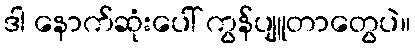
ဒါ နောက်ဆုံးပေါ် ကွန်ပျူတာတွေပဲ။